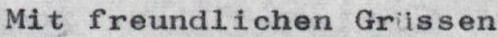
Mit freundlichen Grüssen